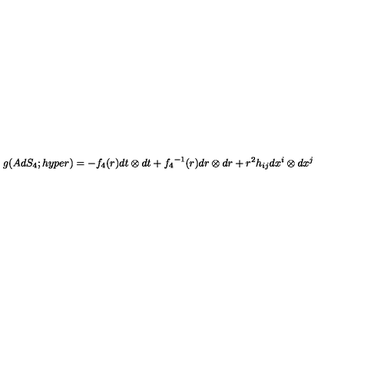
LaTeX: g ( A d S _ { 4 } ; h y p e r ) = - { f _ { 4 } } ( r ) d t \otimes d t + { f _ { 4 } } ^ { - 1 } ( r ) d r \otimes d r + r ^ { 2 } h _ { i j } d x ^ { i } \otimes d x ^ { j }